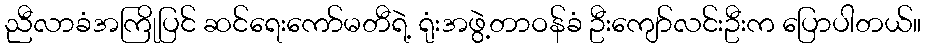
ညီလာခံအကြိုပြင် ဆင်ရေးကော်မတီရဲ့ ရုံးအဖွဲ့တာဝန်ခံ ဦးကျော်လင်းဦးက ပြောပါတယ်။